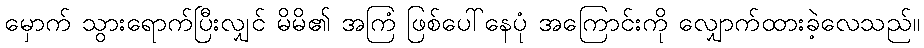
မှောက် သွားရောက်ပြီးလျှင် မိမိ၏ အကြံ ဖြစ်ပေါ်နေပုံ အကြောင်းကို လျှောက်ထားခဲ့လေသည်။